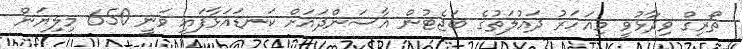
ތޯރިގް ވިދާޅުވީ މިއަހަރު ދައުލަތުގެ ބަޖެޓުން އާސަންދައަށް ކަނޑައަޅާފައި ވަނީ 650 މިލިޔަން